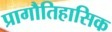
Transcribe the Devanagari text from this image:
प्रागौतिहासिक